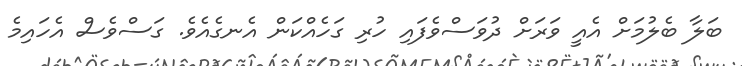
ބަލާ ބެލުމަށް އެއީ ވަރަށް ދުވަސްވެފައި ހުރި ގަހެއްކަން އެނގެއެވެ. ގަސްވެސް އެހައިމެ